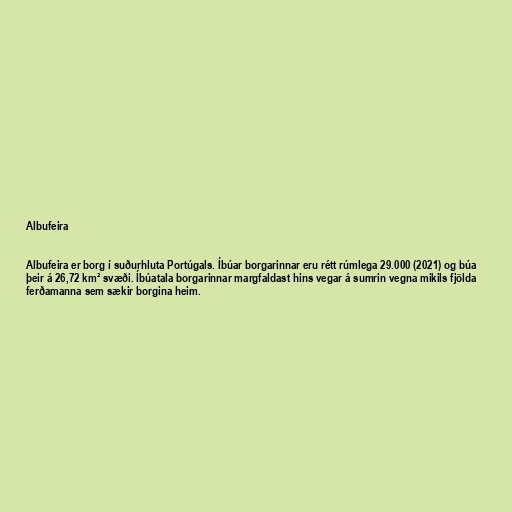
Albufeira

Albufeira er borg í suðurhluta Portúgals. Íbúar borgarinnar eru rétt rúmlega 29.000 (2021) og búa
þeir á 26,72 km² svæði. Íbúatala borgarinnar margfaldast hins vegar á sumrin vegna mikils fjölda
ferðamanna sem sækir borgina heim.